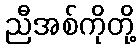
ညီအစ်ကိုတို့